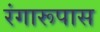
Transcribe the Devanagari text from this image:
रंगारूपास